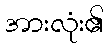
အားလုံး၏